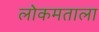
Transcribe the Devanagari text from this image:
लोकमताला